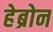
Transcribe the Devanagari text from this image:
हेब्रोन